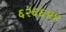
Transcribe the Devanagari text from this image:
६२६६४४